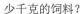
少千克的饲料?